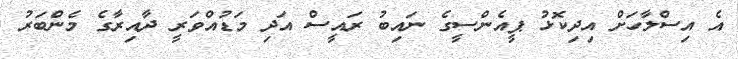
އެ އިސްލާހަށް އިދިކޮޅު ޕީއެންސީގެ ނައިބު ރައީސް އަދި މަޑުއްވަރީ ދާއިރާގެ މެންބަރު